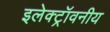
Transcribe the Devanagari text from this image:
इलेक्ट्रॉवनीय